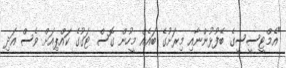
"އެމްޓީސީސީގެ ބޭފުޅުންނާއި މިރަށުގެ ބައެއް މީހުން ގޮސް ޓަގުގެ ކައްޕިއަށް ވެސް އަދި